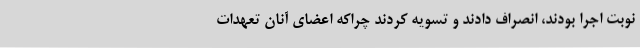
نوبت اجرا بودند، انصراف دادند و تسویه کردند چراکه اعضای آنان تعهدات